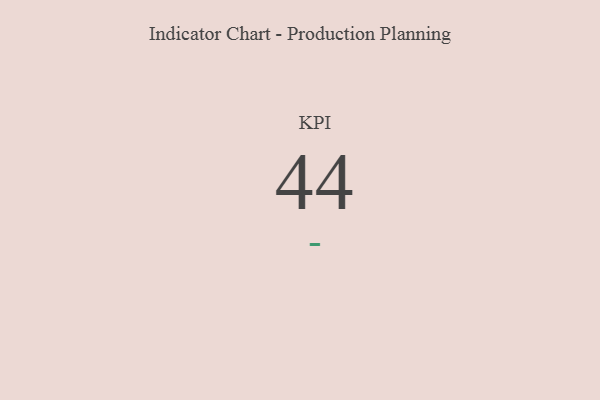
{"axis": {"x": "KPI", "y": "Value"}, "legend": [""], "data": [{"x": "KPI", "y": 44, "type": ""}]}